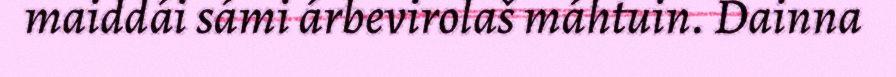
maiddái sámi árbevirolaš máhtuin. Dainna